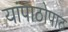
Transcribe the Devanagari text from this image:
यांपाठोपाठ